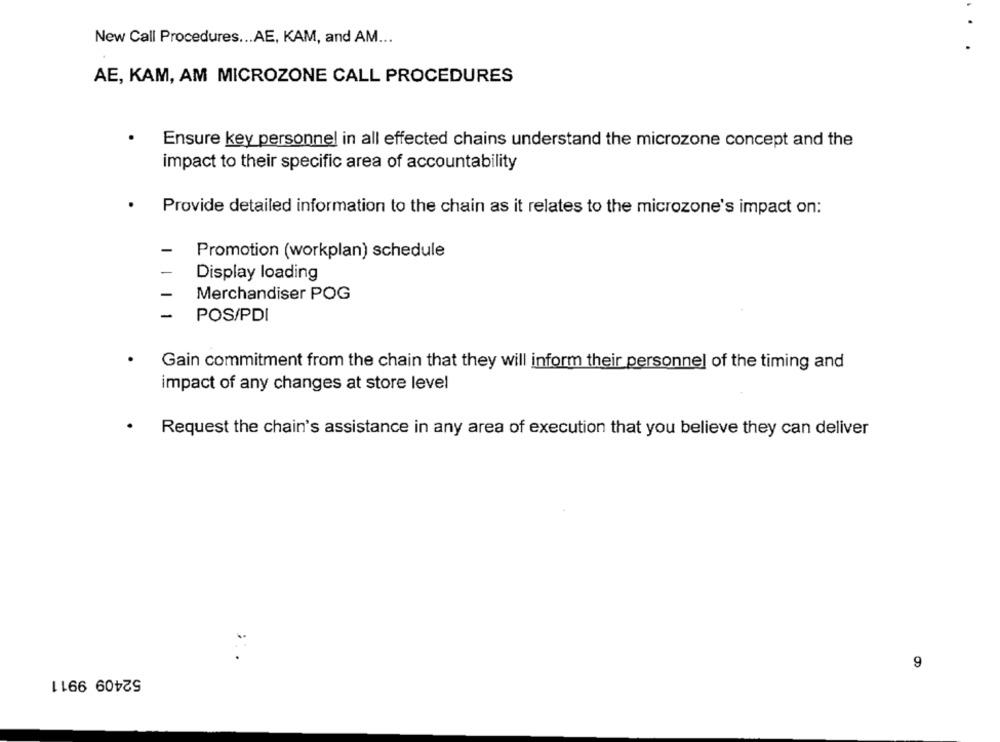
New Call Procedures ... AE, KAM, and AM ...
AE, KAM, AM MICROZONE CALL PROCEDURES
Ensure key personnel in all effected chains understand the microzone concept and the
impact to their specific area of accountability
Provide detailed information to the chain as it relates to the microzone's impact on:
-
Promotion (workplan) schedule
Display loading
Merchandiser POG
-
POS/PDI
Gain commitment from the chain that they will inform their personnel of the timing and
impact of any changes at store level
Request the chain's assistance in any area of execution that you believe they can deliver
:
9
52409 9911